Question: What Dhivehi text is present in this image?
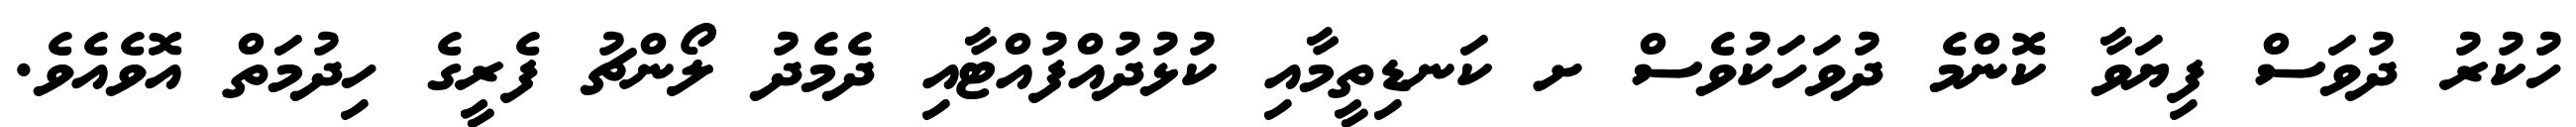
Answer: ހުކުރު ދުވަސް ފިޔަވާ ކޮންމެ ދުވަހަކުވެސް ށ ކަނޑިތީމާއި ކުޅުދުއްފުއްޓާއި ދެމެދު ލޯންޗު ފެރީގެ ހިދުމަތް އޮވެއެވެ.